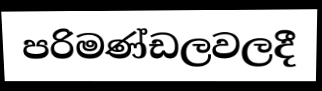
පරිමණ්ඩලවලදී